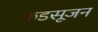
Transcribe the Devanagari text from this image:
फडसूजन